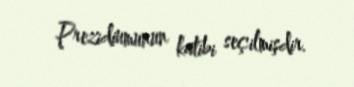
Prezidiumunun katibi seçilmişdir.